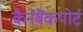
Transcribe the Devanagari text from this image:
कैनेबैंकपोर्ट